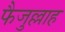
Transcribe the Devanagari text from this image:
फैजुल्लाह